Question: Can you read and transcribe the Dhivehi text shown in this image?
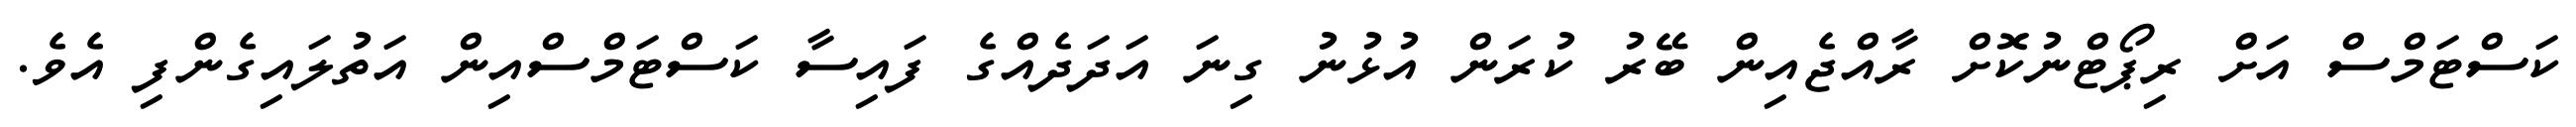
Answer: ކަސްޓަމްސް އަށް ރިޕޯޓްނުކޮށް ރާއްޖެއިން ބޭރު ކުރަން އުޅުނު ގިނަ އަދަދެއްގެ ފައިސާ ކަސްޓަމްސްއިން އަތުލައިގެންފި އެވެ.